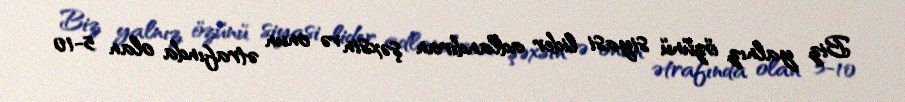
Biz yalnız özünü siyasi lider adlandıran şəxsin və onun ətrafında olan 5-10